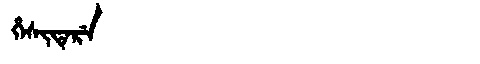
Manchu: ᡥᡝᠰᡳᡨᡝᡵᡝ
Romanization: HESITERE